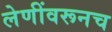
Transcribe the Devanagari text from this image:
लेणींवरूनच